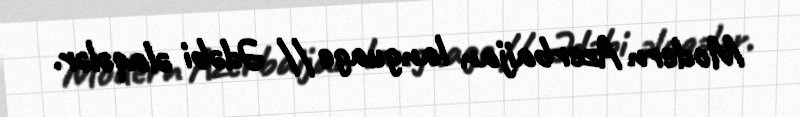
Modern Azerbaijan language // Ədəbi əlaqələr.